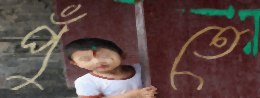
পুঁতে